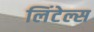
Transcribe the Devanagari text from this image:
लिंटेल्स